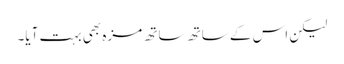
لیکن اس کے ساتھ ساتھ مزہ بھی بہت آیا۔